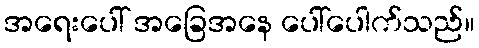
အရေးပေါ် အခြေအနေ ပေါ်ပေါက်သည်။